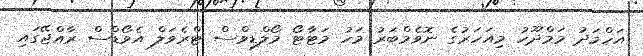
އަހްމަދު މަމްދޫހު މިއަހަރުގެ ނޮވެމްބަރު މަހު މަޓާޓޯ މޯލްޑިވްސް ޓްރެވަލް އެވޯޑްސް ރާއްޖޭގައި